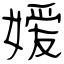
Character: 嫒